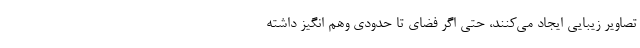
تصاویر زیبایی ایجاد می‌کنند، حتی اگر فضای تا حدودی وهم انگیز داشته